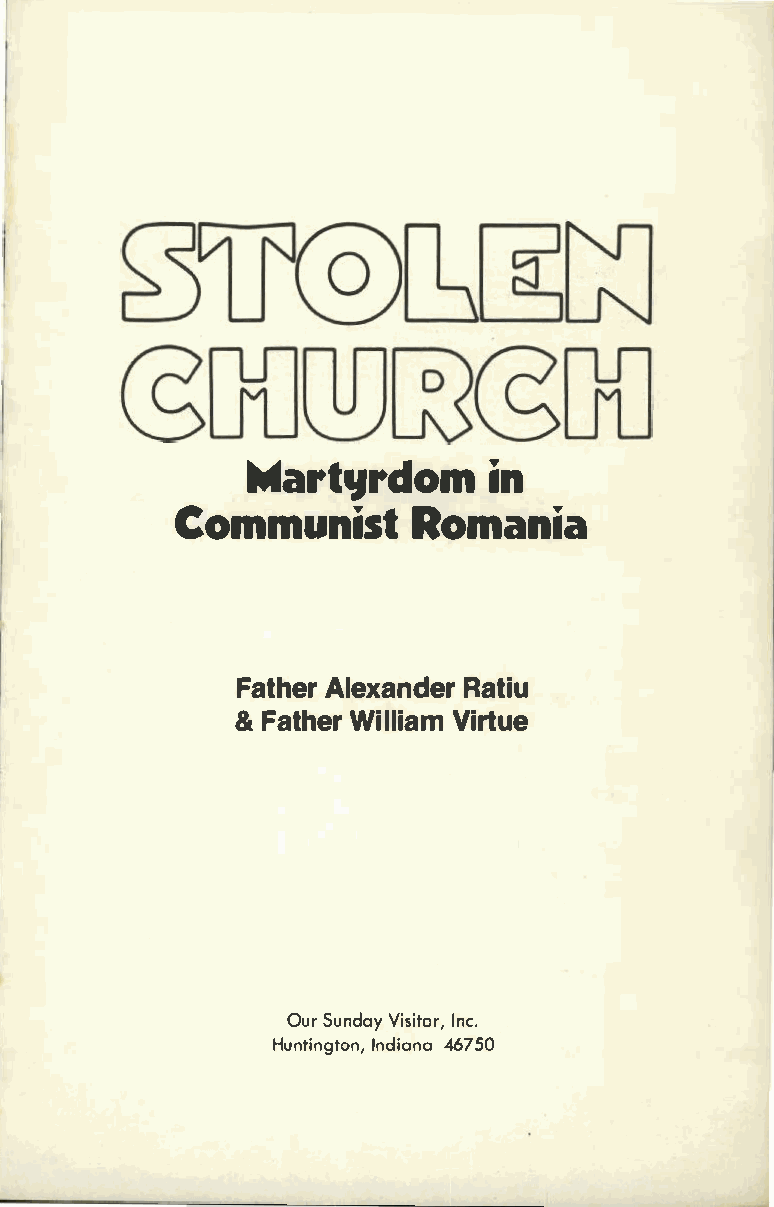
Mart1Jirnd              om
 CommuRnoimsatn                  ia
 FathAelre  xaRnadteiru
 &F athWeirl  lViiartmu e
 OuSru nday IVnics.i tor,
 HuntinIgntdoina,4n 6a7 50